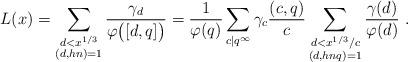
LaTeX: \begin{align*}L(x) = \sum_{\substack{d<x^{1/3}\\(d,hn)=1}}\frac{\gamma_d}{\varphi\bigl([d,q]\bigr)} = \frac{1}{\varphi(q)}\sum_{c|q^{\infty}}\gamma_c\frac{(c,q)}{c} \sum_{\substack{d<x^{1/3}/c\\(d,hnq)=1}} \frac{\gamma(d)}{\varphi(d)}\ . \end{align*}